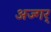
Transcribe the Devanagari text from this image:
अज्गर्